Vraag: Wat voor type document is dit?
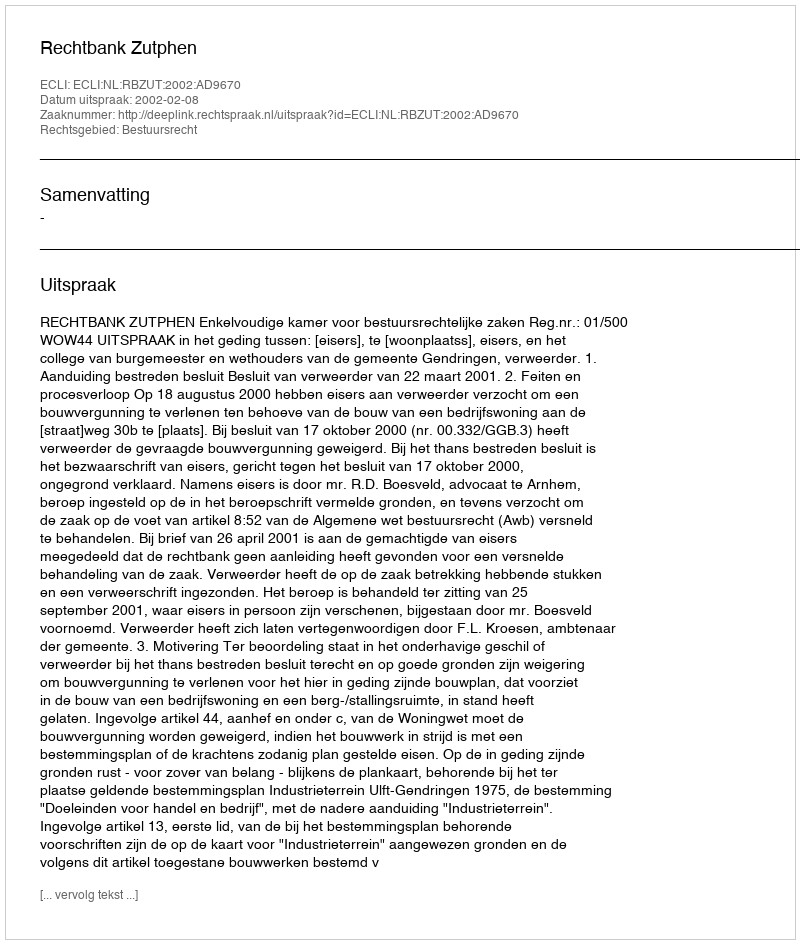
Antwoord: Uitspraak